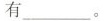
有___。